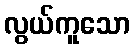
လွယ်ကူသော